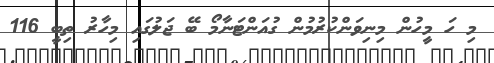
މި ހަ މީހުން މިނިވަންކުރުމުން ގުއަންޓަނާމޯ ބޭ ޖަލުގައި މިހާރު ތިބީ 116